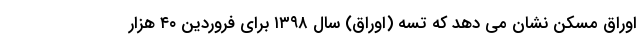
اوراق مسکن نشان می دهد که تسه (اوراق) سال ۱۳۹۸ برای فروردین ۴۰ هزار